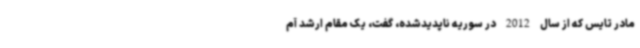
مادر تایس که از سال 2012 در سوریه ناپدیدشده، گفت، یک مقام ارشد آم